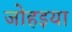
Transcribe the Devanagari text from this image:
जोहइया